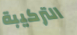
التركيبة